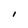
Character: I